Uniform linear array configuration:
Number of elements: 12
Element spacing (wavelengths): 0.75
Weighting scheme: hamming
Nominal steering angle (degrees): -15
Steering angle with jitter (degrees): -15.179
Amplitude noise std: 0.05
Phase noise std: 0.05

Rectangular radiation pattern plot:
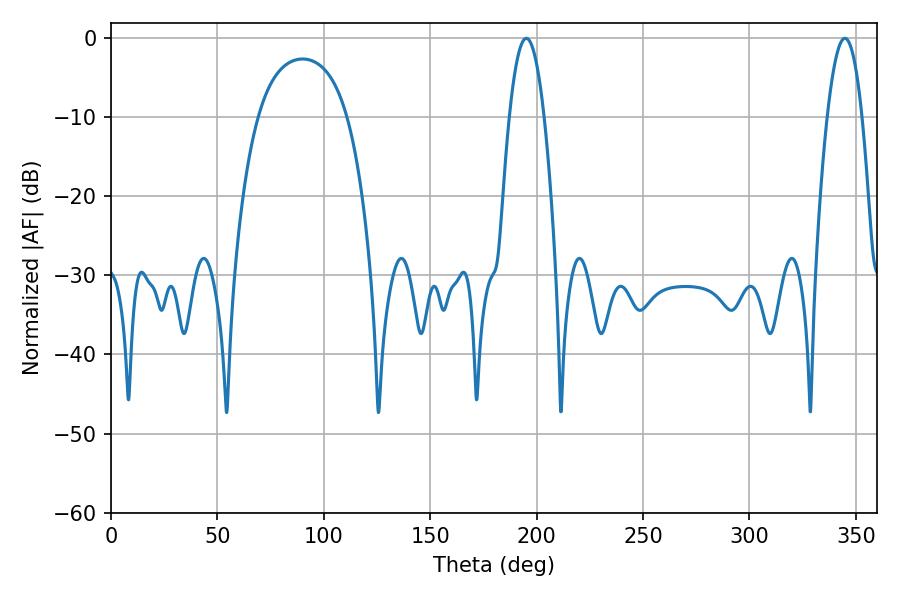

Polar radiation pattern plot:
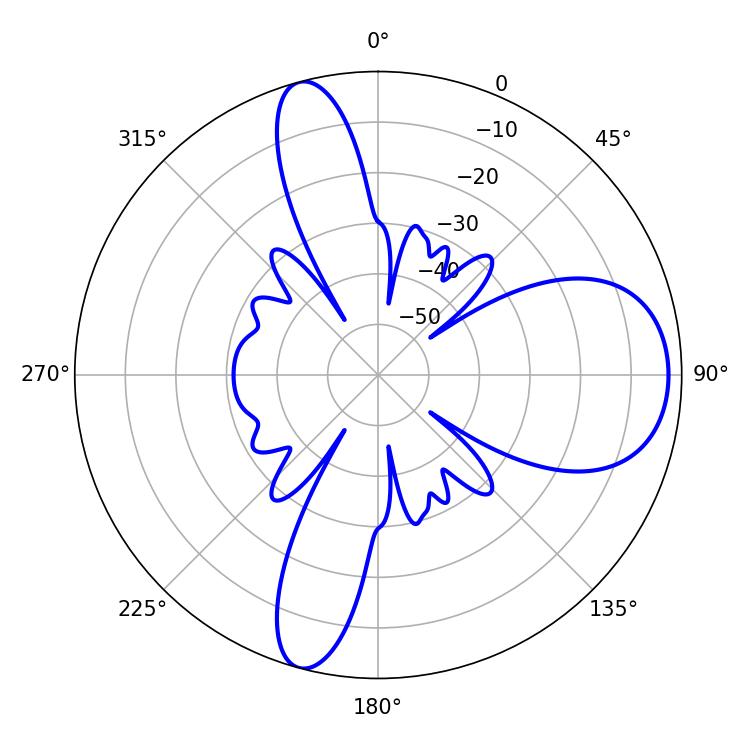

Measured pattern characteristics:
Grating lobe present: TRUE
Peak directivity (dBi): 10.262
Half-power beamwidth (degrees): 8.82
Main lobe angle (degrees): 195.12